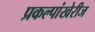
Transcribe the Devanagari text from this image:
प्रकल्पांखेरीज